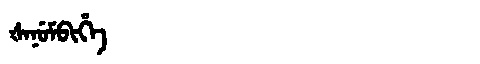
Manchu: ᡧᠠᠨᡠᠮᠪᡳᡥᡝ
Romanization: ŠANUMBIHE